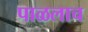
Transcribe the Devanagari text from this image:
पाळलाच